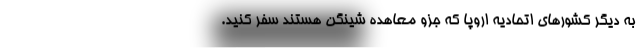
به دیگر کشورهای اتحادیه اروپا که جزو معاهده شینگن هستند سفر کنید.